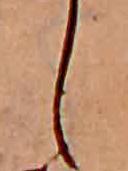
し